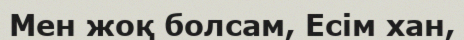
Мен жоқ болсам, Есім хан,